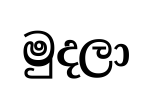
මුදලා